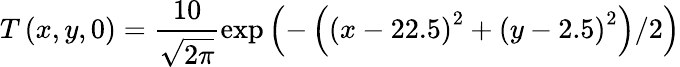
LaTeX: T\left(x,y,0\right)=\frac{10}{\sqrt{2\pi}}\exp\left(-\left({{\left(x-22.5\right)}^{2}}+{{\left(y-2.5\right)}^{2}}\right)/2\right)